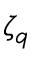
\zeta _ { q }